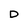
Character: D